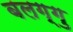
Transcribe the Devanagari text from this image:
बलग्गु